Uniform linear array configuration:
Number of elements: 24
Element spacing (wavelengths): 1
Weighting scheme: kaiser
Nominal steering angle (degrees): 15
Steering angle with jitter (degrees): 13.574
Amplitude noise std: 0.05
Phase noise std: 0.05

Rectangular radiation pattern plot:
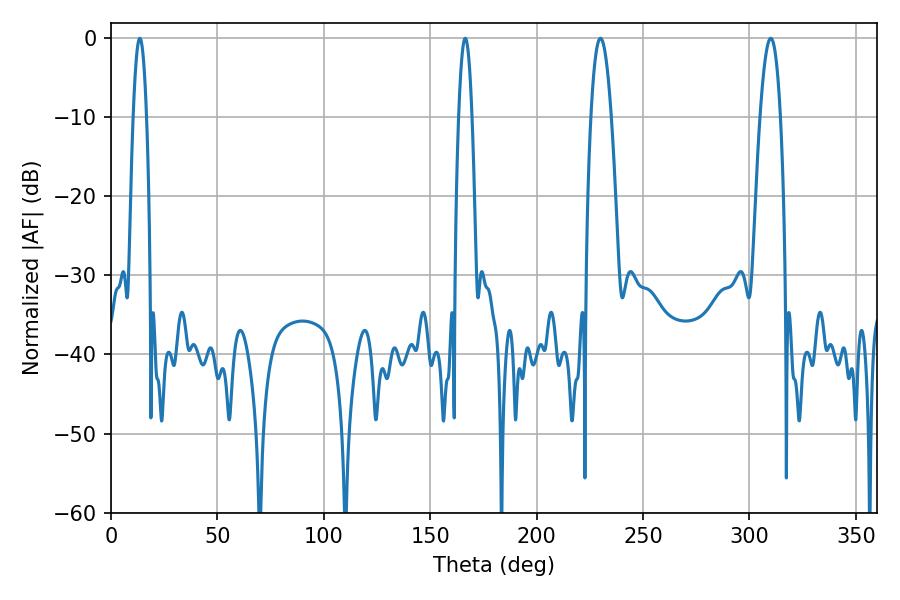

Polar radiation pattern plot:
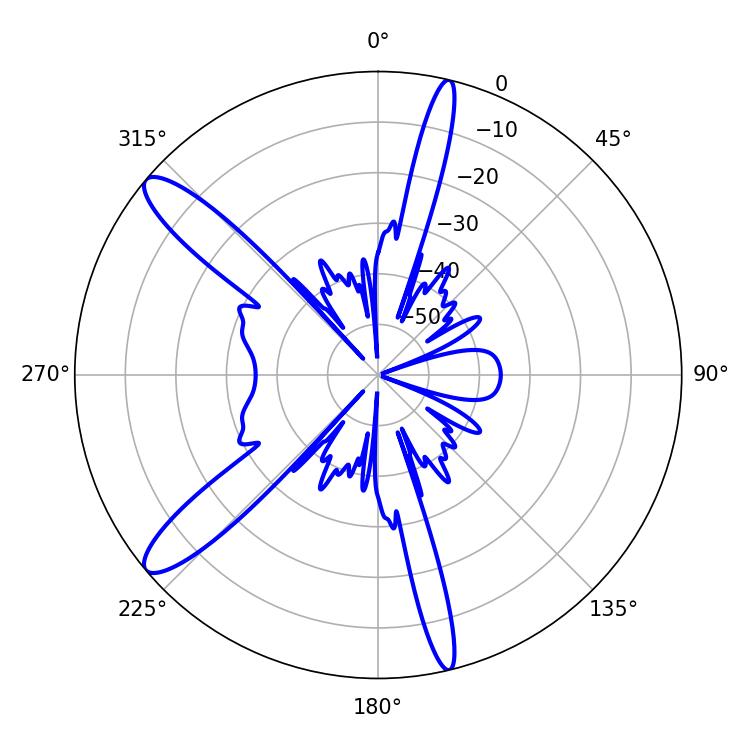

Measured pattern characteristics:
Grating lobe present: TRUE
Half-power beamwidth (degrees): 5.22
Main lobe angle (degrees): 230.04